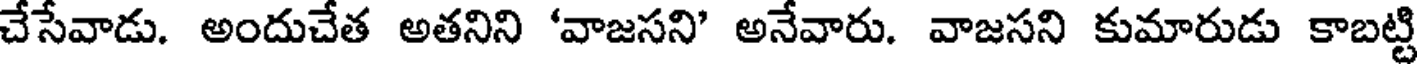
చేసేవాడు. అందుచేత అతనిని 'వాజసని' అనేవారు. వాజసని కుమారుడు కాబట్టి